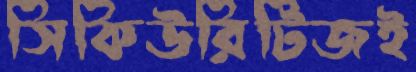
সিকিউরিটিজই